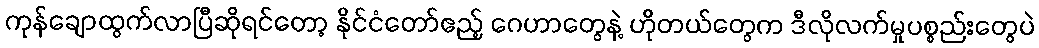
ကုန်ချောထွက်လာပြီဆိုရင်တော့ နိုင်ငံတော်ဧည့် ဂေဟာတွေနဲ့ ဟိုတယ်တွေက ဒီလိုလက်မှုပစ္စည်းတွေပဲ